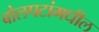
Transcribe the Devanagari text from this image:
बोलपटांमधील